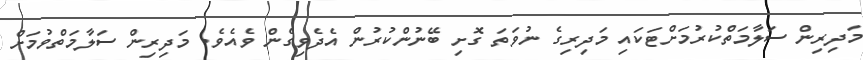
މަދިރިން ސަލާމަތްކުރުމަށްޓަކައި މަދިރިގެ ނުވަތަ ގޮށި ބޭނުންކުރުން އެދެވިގެން ވެއެވެ. މަދިރިން ސަލާމަތްވުމަށް